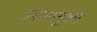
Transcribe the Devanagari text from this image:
ज्यानलुका